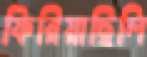
ফিরিয়াছিলি